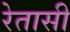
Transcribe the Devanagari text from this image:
रेतासी